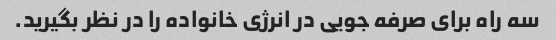
سه راه برای صرفه جویی در انرژی خانواده را در نظر بگیرید.